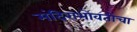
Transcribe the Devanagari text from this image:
मंदिराभोवतीचा